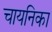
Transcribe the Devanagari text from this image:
चायनिका